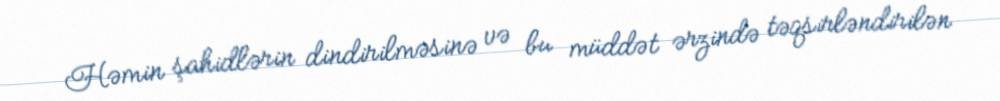
Həmin şahidlərin dindirilməsinə və bu müddət ərzində təqsirləndirilən